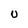
Character: U